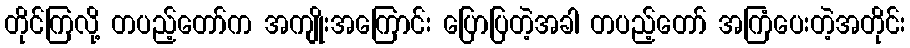
တိုင်ကြလို့ တပည့်တော်က အကျိုးအကြောင်း ပြောပြတဲ့အခါ တပည့်တော် အကြံပေးတဲ့အတိုင်း